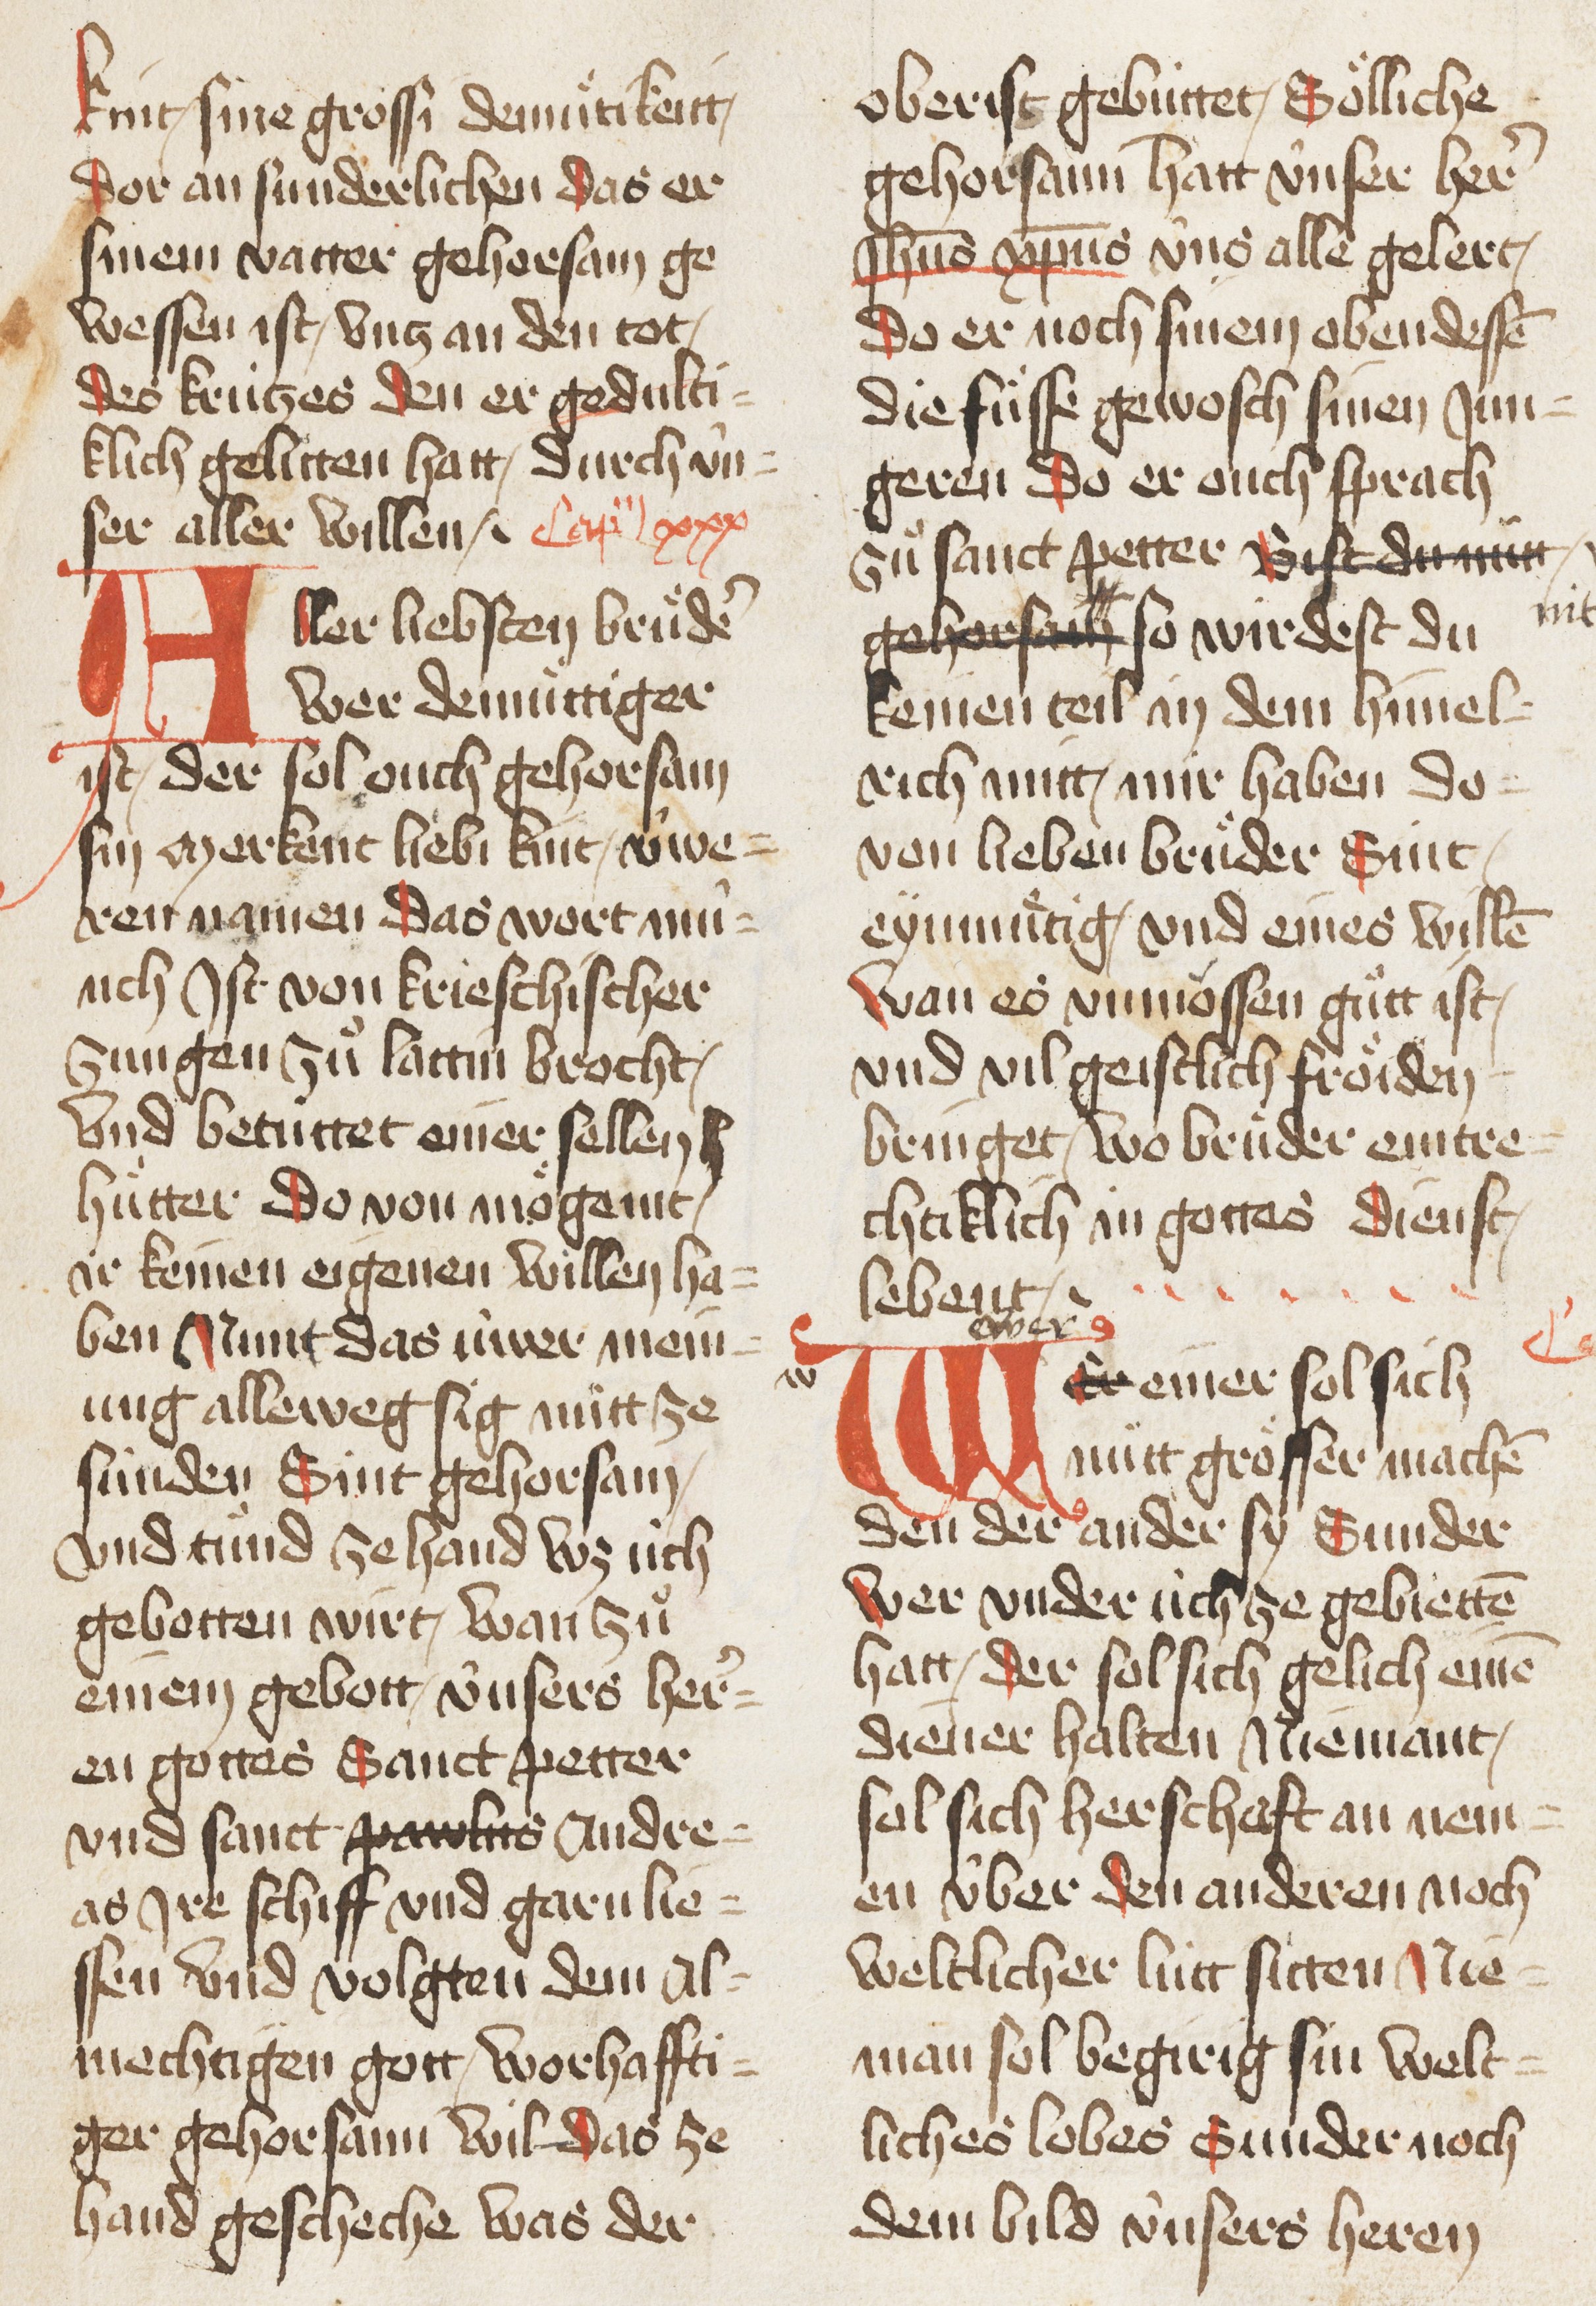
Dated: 1467–1467